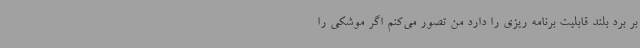
بر برد بلند قابلیت برنامه ریزی را دارد من تصور می‌کنم اگر موشکی را